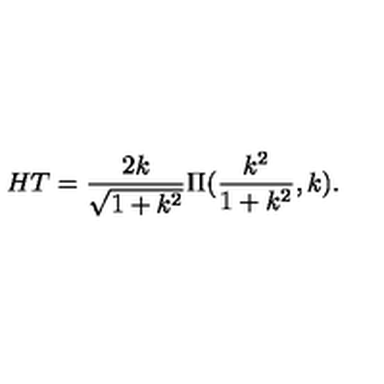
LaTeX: H T = \frac { 2 k } { \sqrt { 1 + k ^ { 2 } } } \Pi ( \frac { k ^ { 2 } } { 1 + k ^ { 2 } } , k ) .